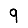
Digit: 9